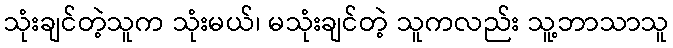
သုံးချင်တဲ့သူက သုံးမယ်၊ မသုံးချင်တဲ့ သူကလည်း သူ့ဘာသာသူ